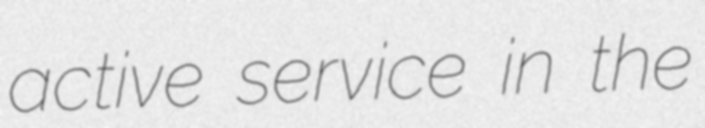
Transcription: active service in the